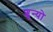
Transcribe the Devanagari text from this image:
शून्यो